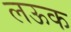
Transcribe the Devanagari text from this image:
लऊक